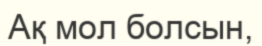
Ақ мол болсын,